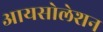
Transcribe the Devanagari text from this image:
आयसोलेशन